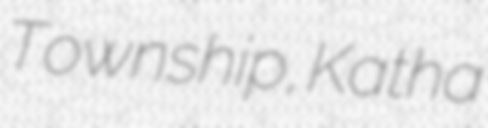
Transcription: Township, Katha